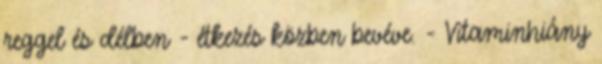
reggel és délben - étkezés közben bevéve. - Vitaminhiány